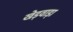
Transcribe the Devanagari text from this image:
खेड़वाड़ा